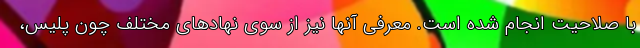
با صلاحیت انجام شده است. معرفی آنها نیز از سوی نهادهای مختلف چون پلیس،